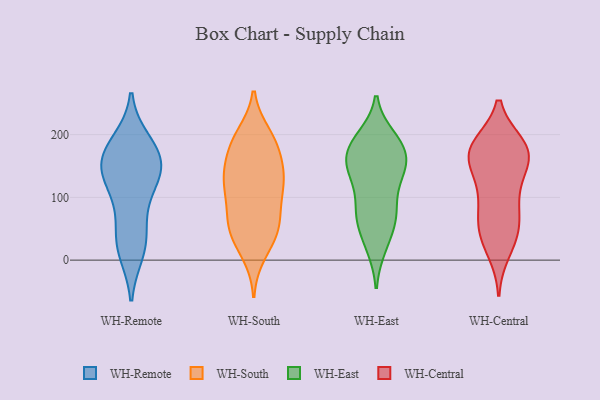
{"axis": {"x": "Market Share (%)", "y": "Value"}, "legend": ["WH-Central", "WH-East", "WH-Remote", "WH-South"], "data": [{"x": "", "y": 158, "type": "WH-Remote"}, {"x": "", "y": 80, "type": "WH-Remote"}, {"x": "", "y": 28, "type": "WH-Remote"}, {"x": "", "y": 165, "type": "WH-Remote"}, {"x": "", "y": 31, "type": "WH-Remote"}, {"x": "", "y": 116, "type": "WH-Remote"}, {"x": "", "y": 187, "type": "WH-Remote"}, {"x": "", "y": 152, "type": "WH-Remote"}, {"x": "", "y": 177, "type": "WH-Remote"}, {"x": "", "y": 137, "type": "WH-Remote"}, {"x": "", "y": 136, "type": "WH-Remote"}, {"x": "", "y": 15, "type": "WH-Remote"}, {"x": "", "y": 59, "type": "WH-South"}, {"x": "", "y": 11, "type": "WH-South"}, {"x": "", "y": 141, "type": "WH-South"}, {"x": "", "y": 30, "type": "WH-South"}, {"x": "", "y": 193, "type": "WH-South"}, {"x": "", "y": 102, "type": "WH-South"}, {"x": "", "y": 126, "type": "WH-South"}, {"x": "", "y": 42, "type": "WH-South"}, {"x": "", "y": 182, "type": "WH-South"}, {"x": "", "y": 56, "type": "WH-South"}, {"x": "", "y": 172, "type": "WH-South"}, {"x": "", "y": 133, "type": "WH-South"}, {"x": "", "y": 199, "type": "WH-South"}, {"x": "", "y": 57, "type": "WH-South"}, {"x": "", "y": 188, "type": "WH-South"}, {"x": "", "y": 71, "type": "WH-South"}, {"x": "", "y": 109, "type": "WH-South"}, {"x": "", "y": 130, "type": "WH-South"}, {"x": "", "y": 130, "type": "WH-South"}, {"x": "", "y": 22, "type": "WH-East"}, {"x": "", "y": 157, "type": "WH-East"}, {"x": "", "y": 185, "type": "WH-East"}, {"x": "", "y": 126, "type": "WH-East"}, {"x": "", "y": 61, "type": "WH-East"}, {"x": "", "y": 127, "type": "WH-East"}, {"x": "", "y": 193, "type": "WH-East"}, {"x": "", "y": 76, "type": "WH-East"}, {"x": "", "y": 73, "type": "WH-East"}, {"x": "", "y": 70, "type": "WH-East"}, {"x": "", "y": 143, "type": "WH-East"}, {"x": "", "y": 169, "type": "WH-East"}, {"x": "", "y": 171, "type": "WH-East"}, {"x": "", "y": 182, "type": "WH-East"}, {"x": "", "y": 150, "type": "WH-East"}, {"x": "", "y": 142, "type": "WH-East"}, {"x": "", "y": 195, "type": "WH-East"}, {"x": "", "y": 79, "type": "WH-East"}, {"x": "", "y": 26, "type": "WH-East"}, {"x": "", "y": 48, "type": "WH-Central"}, {"x": "", "y": 171, "type": "WH-Central"}, {"x": "", "y": 117, "type": "WH-Central"}, {"x": "", "y": 38, "type": "WH-Central"}, {"x": "", "y": 177, "type": "WH-Central"}, {"x": "", "y": 181, "type": "WH-Central"}, {"x": "", "y": 46, "type": "WH-Central"}, {"x": "", "y": 16, "type": "WH-Central"}, {"x": "", "y": 69, "type": "WH-Central"}, {"x": "", "y": 162, "type": "WH-Central"}, {"x": "", "y": 182, "type": "WH-Central"}, {"x": "", "y": 173, "type": "WH-Central"}, {"x": "", "y": 85, "type": "WH-Central"}, {"x": "", "y": 108, "type": "WH-Central"}, {"x": "", "y": 169, "type": "WH-Central"}, {"x": "", "y": 150, "type": "WH-Central"}]}